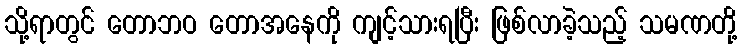
သို့ရာတွင် တောဘဝ တောအနေကို ကျင့်သားရပြီး ဖြစ်လာခဲ့သည့် သမဏတို့